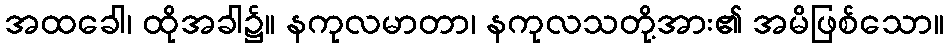
အထခေါ၊ ထိုအခါ၌။ နကုလမာတာ၊ နကုလသတို့အား၏ အမိဖြစ်သော။